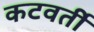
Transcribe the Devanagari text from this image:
कटवर्ती